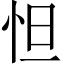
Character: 怛